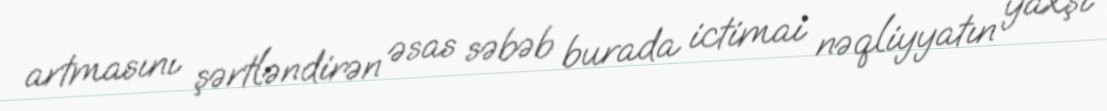
artmasını şərtləndirən əsas səbəb burada ictimai nəqliyyatın yaxşı